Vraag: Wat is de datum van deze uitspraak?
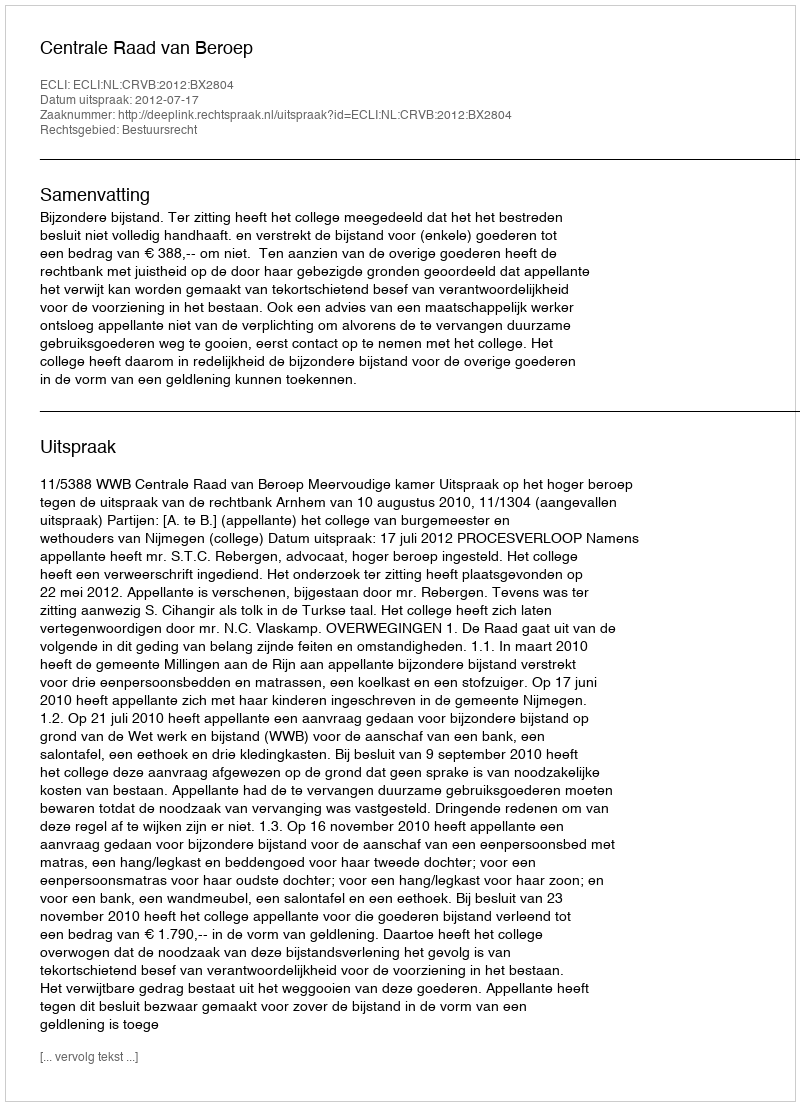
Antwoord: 2012-07-17